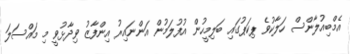
އެމްބިއުލާންސް ހަލާކުވެ ޕިކަޕުގައި ބަލިމީހުން އުފުލަމުން އަންނައިރު އިންފާޒު ވިދާޅުވީ މި މައްސަލަ